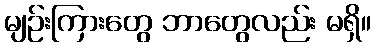
မျဉ်းကြားတွေ ဘာတွေလည်း မရှိ။